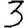
Digit: 3